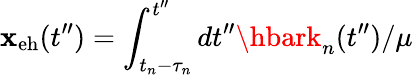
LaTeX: \mathbf{x}_{\mathrm{{eh}}}(t^{\prime\prime})=\int_{t_{n}-\tau_{n}}^{t^{\prime\prime}}dt^{\prime\prime}{\hbark_{n}(t^{\prime\prime})}/{\mu}